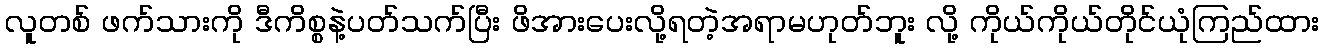
လူတစ် ဖက်သားကို ဒီကိစ္စနဲ့ပတ်သက်ပြီး ဖိအားပေးလို့ရတဲ့အရာမဟုတ်ဘူး လို့ ကိုယ်ကိုယ်တိုင်ယုံကြည်ထား